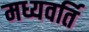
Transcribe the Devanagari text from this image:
मध्यवर्ति